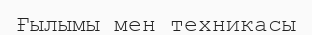
Ғылымы мен техникасы